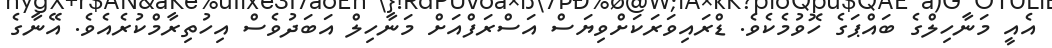
އެއީ މަނާހިލްގެ ބައްޕަގެ ހޮވުމެކެވެ. ޑްރައިވަރަކަށްވިޔަސް އަސްރަފްއަށް މަނާހިލް އަބަދުވެސް އިހުތިރާމްކުރެއެވެ. އޭނާގެ